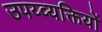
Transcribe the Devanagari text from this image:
उपय्व्यक्तियों